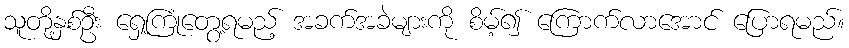
သူတို့နှစ်ဦး ရှေ့ကြုံတွေ့ရမည့် အခက်အခဲများကို စိမ့်၍ ကြောက်လာအောင် ပြောရမည်။